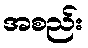
အစည်း